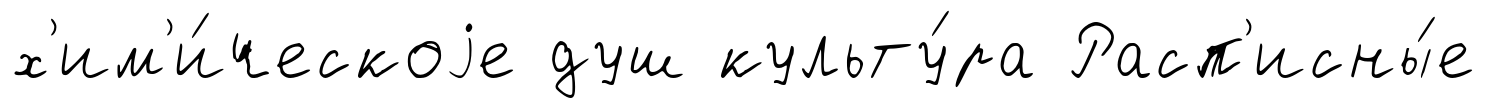
х'им'и́ческоjе душ культу́ра Расп'исны́е